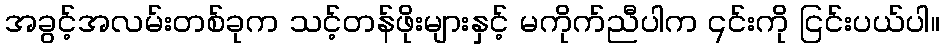
အခွင့်အလမ်းတစ်ခုက သင့်တန်ဖိုးများနှင့် မကိုက်ညီပါက ၎င်းကို ငြင်းပယ်ပါ။